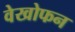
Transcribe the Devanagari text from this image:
वेखोफन